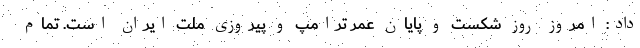
داد: امروز روز شکست و پایان عمر ترامپ و پیروزی ملت ایران است. تمام